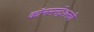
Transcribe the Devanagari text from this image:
कॉनसनट्रेशनची